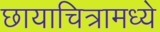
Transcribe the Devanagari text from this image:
छायाचित्रामध्ये